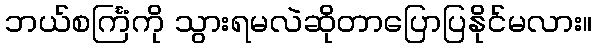
ဘယ်စင်္ကြံကို သွားရမလဲဆိုတာပြောပြနိုင်မလား။